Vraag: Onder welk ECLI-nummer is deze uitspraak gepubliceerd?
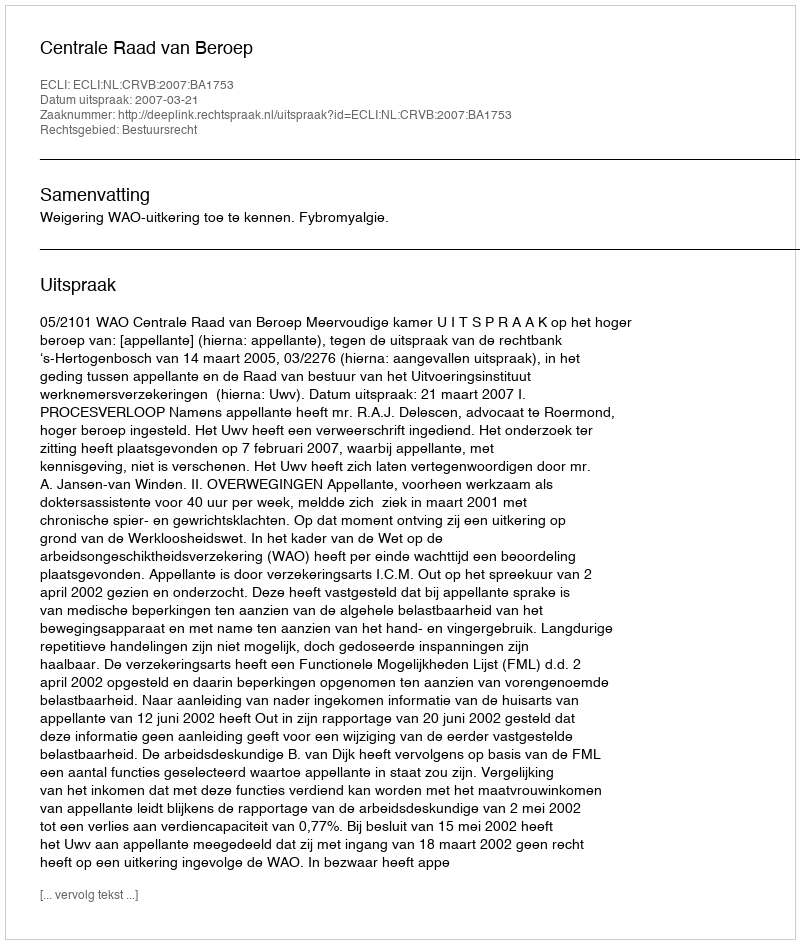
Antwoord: ECLI:NL:CRVB:2007:BA1753